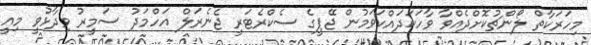
މިހަރަކާތް ލޯންޗުކޮށްދެއްވާ ވާހަކަދައްކަވަމުން ޖޭޕީގެ ސެކްރެޓަރީ ޖެނެރަލް އަހްމަދު ސަމީރު ވިދާޅުވީ މިއީ